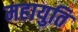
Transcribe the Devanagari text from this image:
महायुति